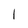
Character: l